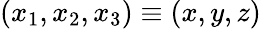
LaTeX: (x_{1},x_{2},x_{3})\equiv(x,y,z)